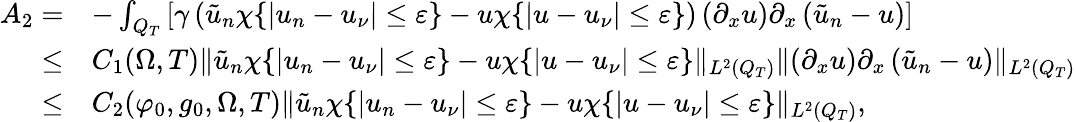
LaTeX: \begin{array}{rl}{A_{2}=}&{-\int_{Q_{T}}\left[\gamma\left(\tilde{u}_{n}\chi\{ |u_{n}-u_{\nu}|\leq\varepsilon\} -u\chi\{ |u-u_{\nu}|\leq\varepsilon\} \right)\left(\partial_{x}u\right)\partial_{x}\left(\tilde{u}_{n}-u\right)\right]}\\ {\leq}&{C_{1}(\Omega,T)\lVert\tilde{u}_{n}\chi\{ |u_{n}-u_{\nu}|\leq\varepsilon\} -u\chi\{ |u-u_{\nu}|\leq\varepsilon\} \rVert_{L^{2}(Q_{T})}\lVert\left(\partial_{x}u\right)\partial_{x}\left(\tilde{u}_{n}-u\right)\rVert_{L^{2}(Q_{T})}}\\ {\leq}&{C_{2}(\varphi_{0},g_{0},\Omega,T)\lVert\tilde{u}_{n}\chi\{ |u_{n}-u_{\nu}|\leq\varepsilon\} -u\chi\{ |u-u_{\nu}|\leq\varepsilon\} \rVert_{L^{2}(Q_{T})},}\end{array}